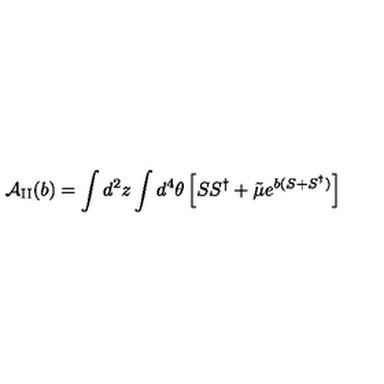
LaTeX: { \cal A } _ { \mathrm { I I } } ( b ) = \int d ^ { 2 } z \int d ^ { 4 } \theta \left[ S S ^ { \dagger } + { \tilde { \mu } } e ^ { b ( S + S ^ { \dagger } ) } \right]